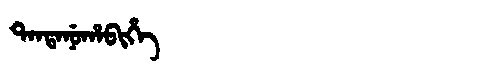
Manchu: ᡨᠠᠨᡨᠠᠨᡠᡥᠠᠪᡳᡥᡝ
Romanization: TANTANUHABIHE